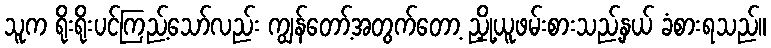
သူက ရိုးရိုးပင်ကြည့်သော်လည်း ကျွန်တော့်အတွက်တော့ ညှို့ယူဖမ်းစားသည့်နှယ် ခံစားရသည်။